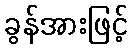
ခွန်အားဖြင့်